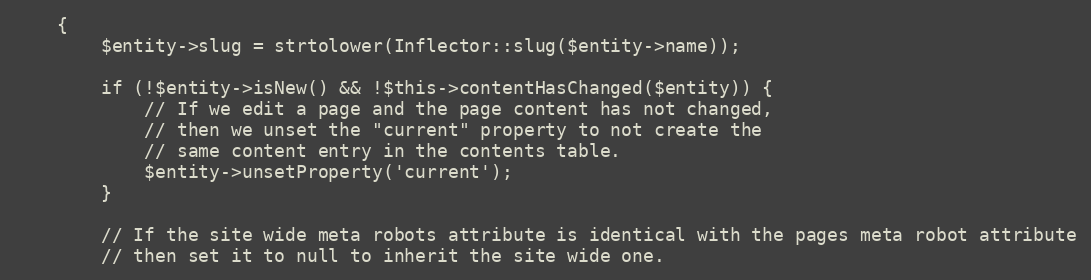
Language: PHP
    {
        $entity->slug = strtolower(Inflector::slug($entity->name));

        if (!$entity->isNew() && !$this->contentHasChanged($entity)) {
            // If we edit a page and the page content has not changed,
            // then we unset the "current" property to not create the
            // same content entry in the contents table.
            $entity->unsetProperty('current');
        }

        // If the site wide meta robots attribute is identical with the pages meta robot attribute
        // then set it to null to inherit the site wide one.